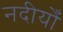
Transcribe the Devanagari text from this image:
नदीयोँ